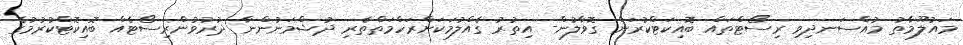
މައުލޫމާތު މުއްސަނދިވި ރިސޯޓްތައް ބޮއިކަޓްކުރަން ގޮވާލުން- އިތުރު ގެއްލުމަކަށްރަހްމަތްތެރި ދުޝްމަނުންނާ ދުރުވުންރިސޯޓެއް ބޮއިކޮޓްކުރުމުގެ